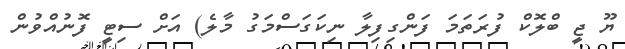
ޔޫ ޖީ ބްލޮކް ފުރަތަމަ ފަންގިފިލާ ނިކަގަސްމަގު މާލެ) އަށް ސިޓީ ފޮނުއްވުން